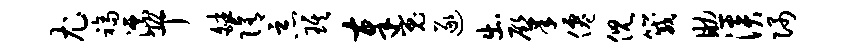
尤福漂恐丁皤隋恶琪奉嵬逐出肇仙倪箴助淡隅